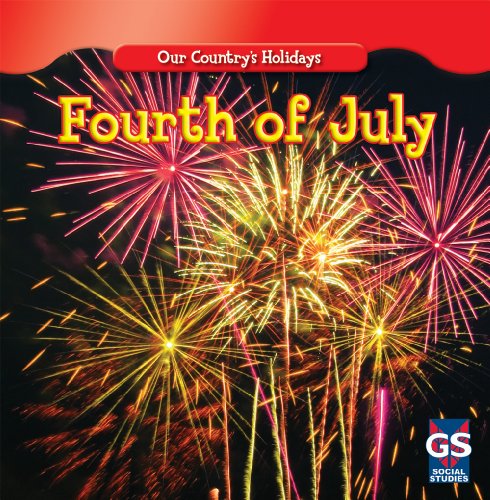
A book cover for Independence Day (Our Country's Holidays); Sheri Dean; Children's Books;